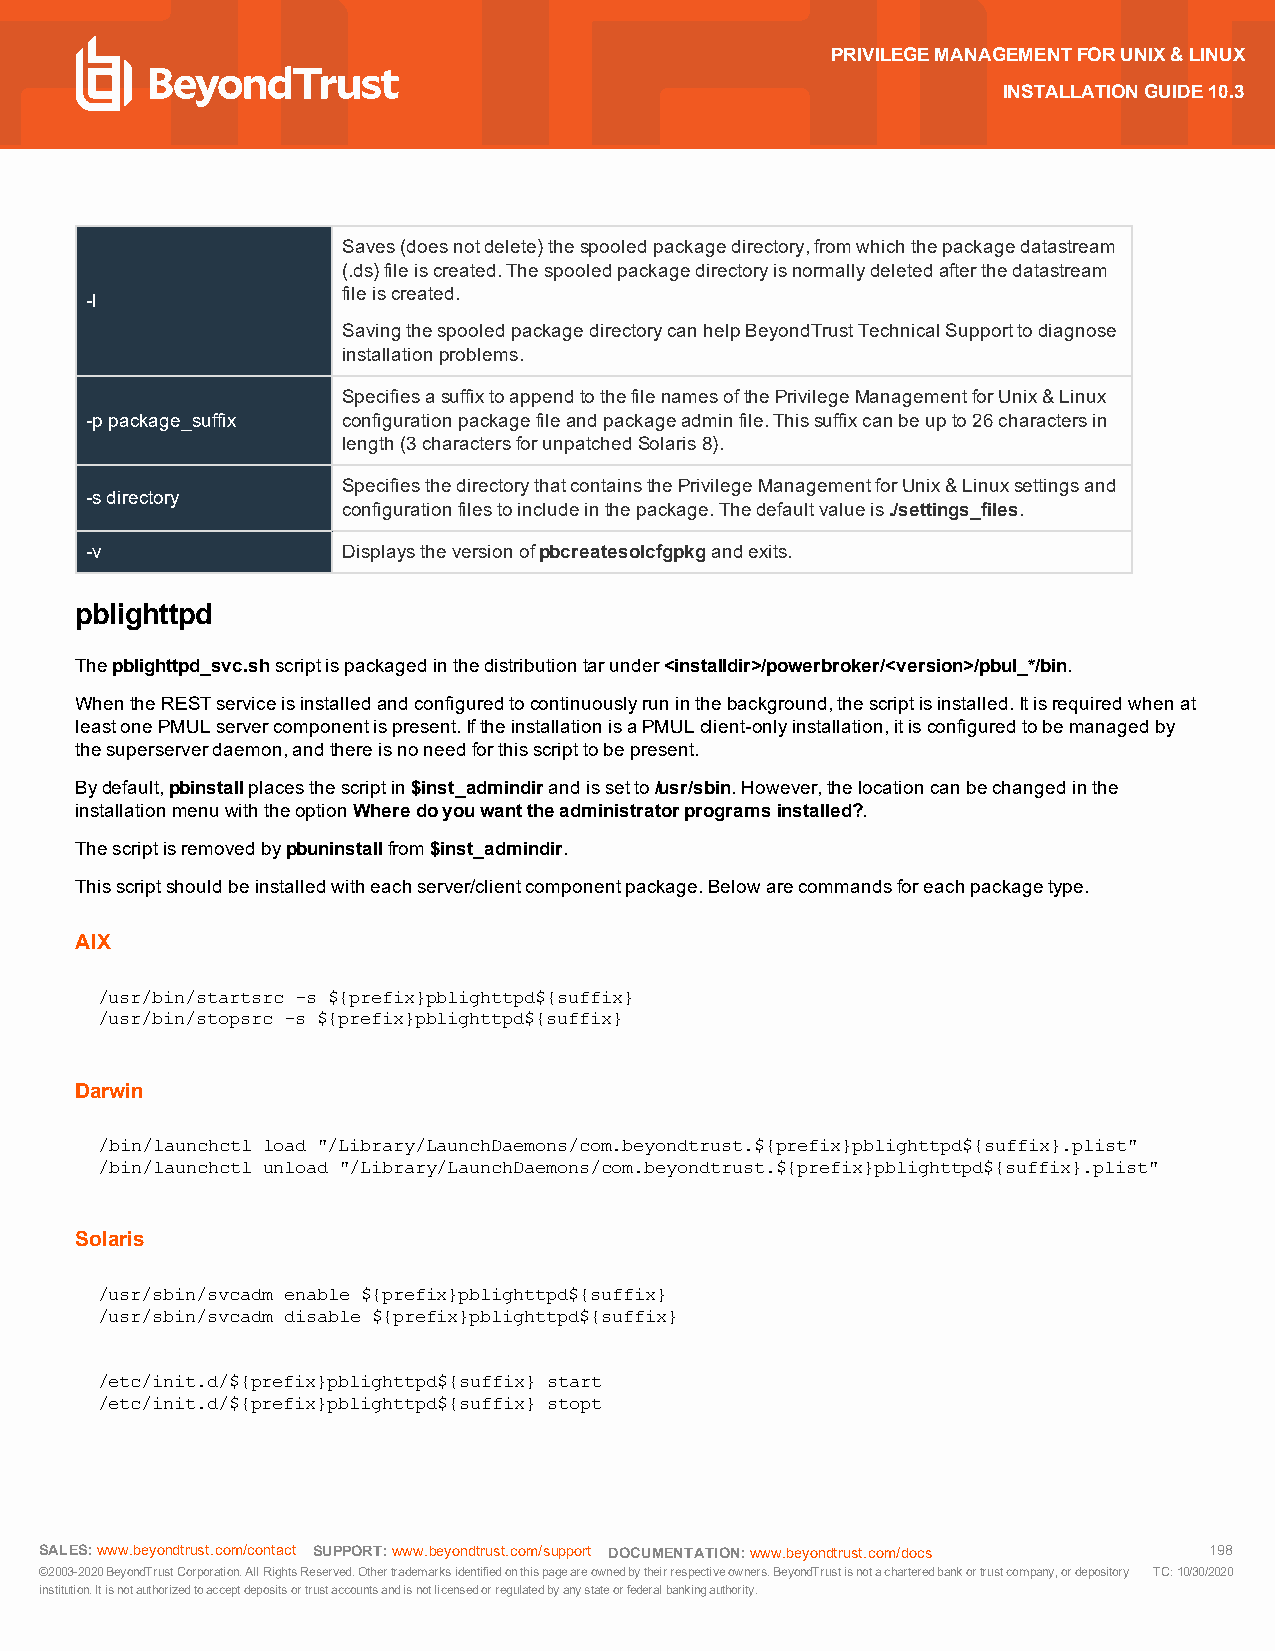
PRIVILEGEMANAGEMENTFORUNIX&LINUX
 INSTALLATIONGUIDE10.3
 Saves(doesnotdelete)thespooledpackagedirectory,fromwhichthepackagedatastream
 (.ds)fileiscreated.Thespooledpackagedirectoryisnormallydeletedafterthedatastream
 fileiscreated.
 -l
 SavingthespooledpackagedirectorycanhelpBeyondTrustTechnicalSupporttodiagnose
 installationproblems.
 SpecifiesasuffixtoappendtothefilenamesofthePrivilegeManagementforUnix&Linux
 -ppackage_suffix configurationpackagefileandpackageadminfile.Thissuffixcanbeupto26charactersin
 length(3charactersforunpatchedSolaris8).
 SpecifiesthedirectorythatcontainsthePrivilegeManagementforUnix&Linuxsettingsand
 -sdirectory
 configurationfilestoincludeinthepackage.Thedefaultvalueis./settings_files.
 -v               Displaystheversionofpbcreatesolcfgpkgandexits.
 pblighttpd
 Thepblighttpd_svc.shscriptispackagedinthedistributiontarunder<installdir>/powerbroker/<version>/pbul_*/bin.
 WhentheRESTserviceisinstalledandconfiguredtocontinuouslyruninthebackground,thescriptisinstalled.Itisrequiredwhenat
 leastonePMULservercomponentispresent.IftheinstallationisaPMULclient-onlyinstallation,itisconfiguredtobemanagedby
 thesuperserverdaemon,andthereisnoneedforthisscripttobepresent.
 Bydefault,pbinstallplacesthescriptin$inst_admindirandissetto/usr/sbin.However,thelocationcanbechangedinthe
 installationmenuwiththeoptionWheredoyouwanttheadministratorprogramsinstalled?.
 Thescriptisremovedbypbuninstallfrom$inst_admindir.
 Thisscriptshouldbeinstalledwitheachserver/clientcomponentpackage.Belowarecommandsforeachpackagetype.
 AIX
 /usr/bin/startsrc -s ${prefix}pblighttpd${suffix}
 /usr/bin/stopsrc -s ${prefix}pblighttpd${suffix}
 Darwin
 /bin/launchctl load "/Library/LaunchDaemons/com.beyondtrust.${prefix}pblighttpd${suffix}.plist"
 /bin/launchctl unload "/Library/LaunchDaemons/com.beyondtrust.${prefix}pblighttpd${suffix}.plist"
 Solaris
 /usr/sbin/svcadm enable ${prefix}pblighttpd${suffix}
 /usr/sbin/svcadm disable ${prefix}pblighttpd${suffix}
 /etc/init.d/${prefix}pblighttpd${suffix} start
 /etc/init.d/${prefix}pblighttpd${suffix} stopt
 SALES:www.beyondtrust.com/contact SUPPORT:www.beyondtrust.com/support DOCUMENTATION:www.beyondtrust.com/docs 198
 ©2003-2020BeyondTrustCorporation.AllRightsReserved.Othertrademarksidentifiedonthispageareownedbytheirrespectiveowners.BeyondTrustisnotacharteredbankortrustcompany,ordepository TC:10/30/2020
 institution.Itisnotauthorizedtoacceptdepositsortrustaccountsandisnotlicensedorregulatedbyanystateorfederalbankingauthority.